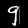
Label: 9